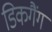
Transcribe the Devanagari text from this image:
डिकगैंग